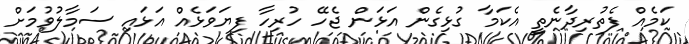
ކަމެއް ފެތުރިދާނެތީ އެކަމާ ގުޅިގެން އަޅަން ޖެހޭ ހުރިހާ ފިޔަވަޅެއް އަޅައި ސަމާލުވުމަށް